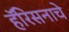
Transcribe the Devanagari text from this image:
हॅरिसनाचे